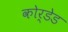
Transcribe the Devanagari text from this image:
कोर्डेड